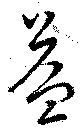
益